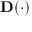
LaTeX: \mathbf { D } ( \cdot )